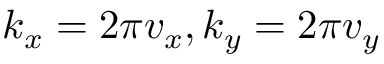
k _ { x } = 2 \pi v _ { x } , k _ { y } = 2 \pi v _ { y }